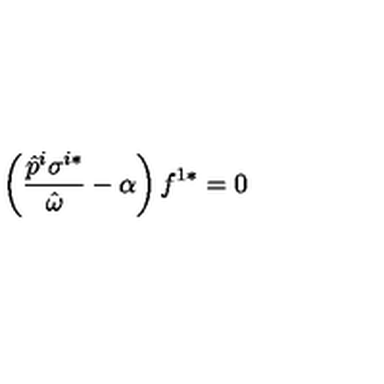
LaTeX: \left( \frac { \hat { p } ^ { i } \sigma ^ { i * } } { \hat { \omega } } - \alpha \right) f ^ { 1 * } = 0